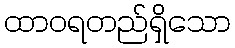
ထာဝရတည်ရှိသော